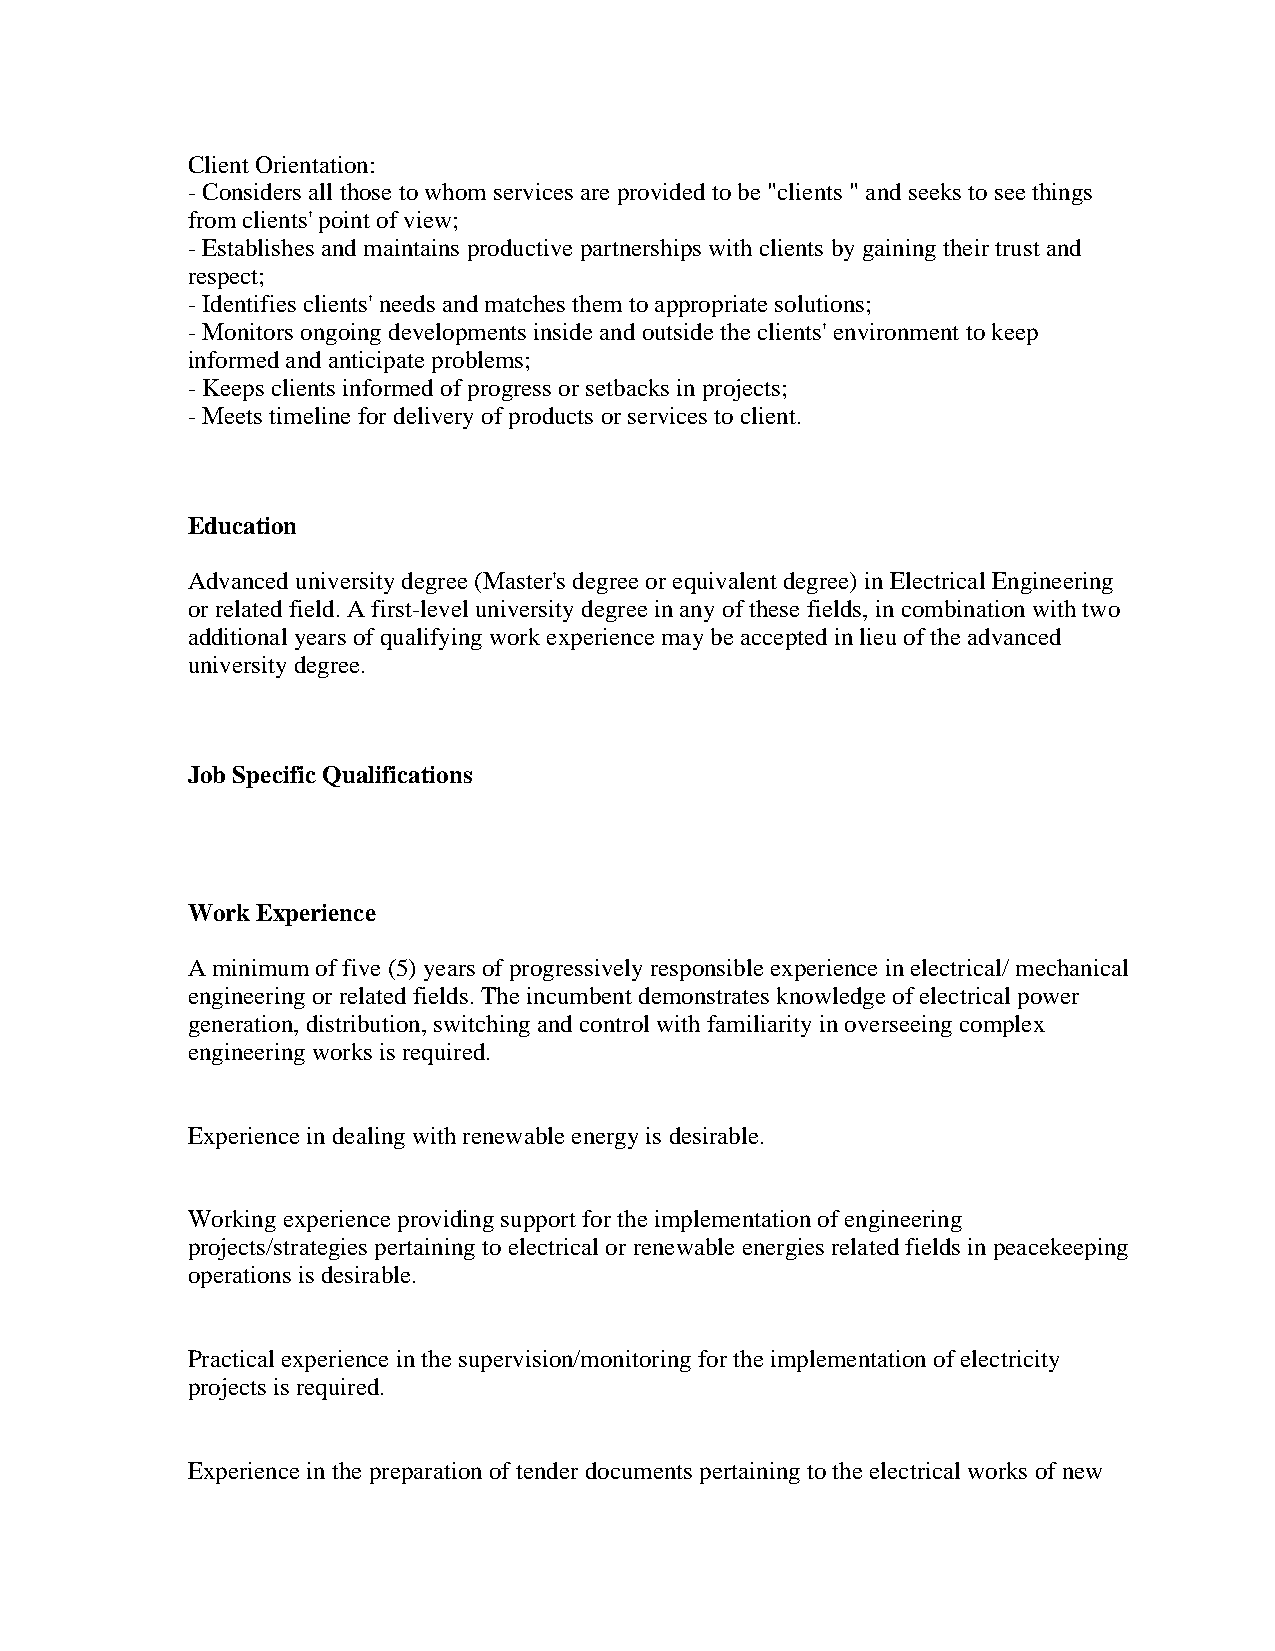
Client Orientation:
 - Considers all those to whom services are provided to be "clients " and seeks to see things
 from clients' point of view;
 - Establishes and maintains productive partnerships with clients by gaining their trust and
 respect;
 - Identifies clients' needs and matches them to appropriate solutions;
 - Monitors ongoing developments inside and outside the clients' environment to keep
 informed and anticipate problems;
 - Keeps clients informed of progress or setbacks in projects;
 - Meets timeline for delivery of products or services to client.
 Education
 Advanced university degree (Master's degree or equivalent degree) in Electrical Engineering
 or related field. A first-level university degree in any of these fields, in combination with two
 additional years of qualifying work experience may be accepted in lieu of the advanced
 university degree.
 Job Specific Qualifications
 Work Experience
 A minimum of five (5) years of progressively responsible experience in electrical/ mechanical
 engineering or related fields. The incumbent demonstrates knowledge of electrical power
 generation, distribution, switching and control with familiarity in overseeing complex
 engineering works is required.
 Experience in dealing with renewable energy is desirable.
 Working experience providing support for the implementation of engineering
 projects/strategies pertaining to electrical or renewable energies related fields in peacekeeping
 operations is desirable.
 Practical experience in the supervision/monitoring for the implementation of electricity
 projects is required.
 Experience in the preparation of tender documents pertaining to the electrical works of new